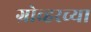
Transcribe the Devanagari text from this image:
ग्रोव्हरच्या